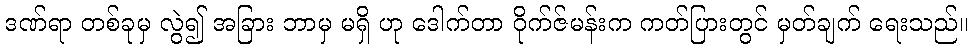
ဒဏ်ရာ တစ်ခုမှ လွဲ၍ အခြား ဘာမှ မရှိ ဟု ဒေါက်တာ ဝိုက်ဇ်မန်းက ကတ်ပြားတွင် မှတ်ချက် ရေးသည်။